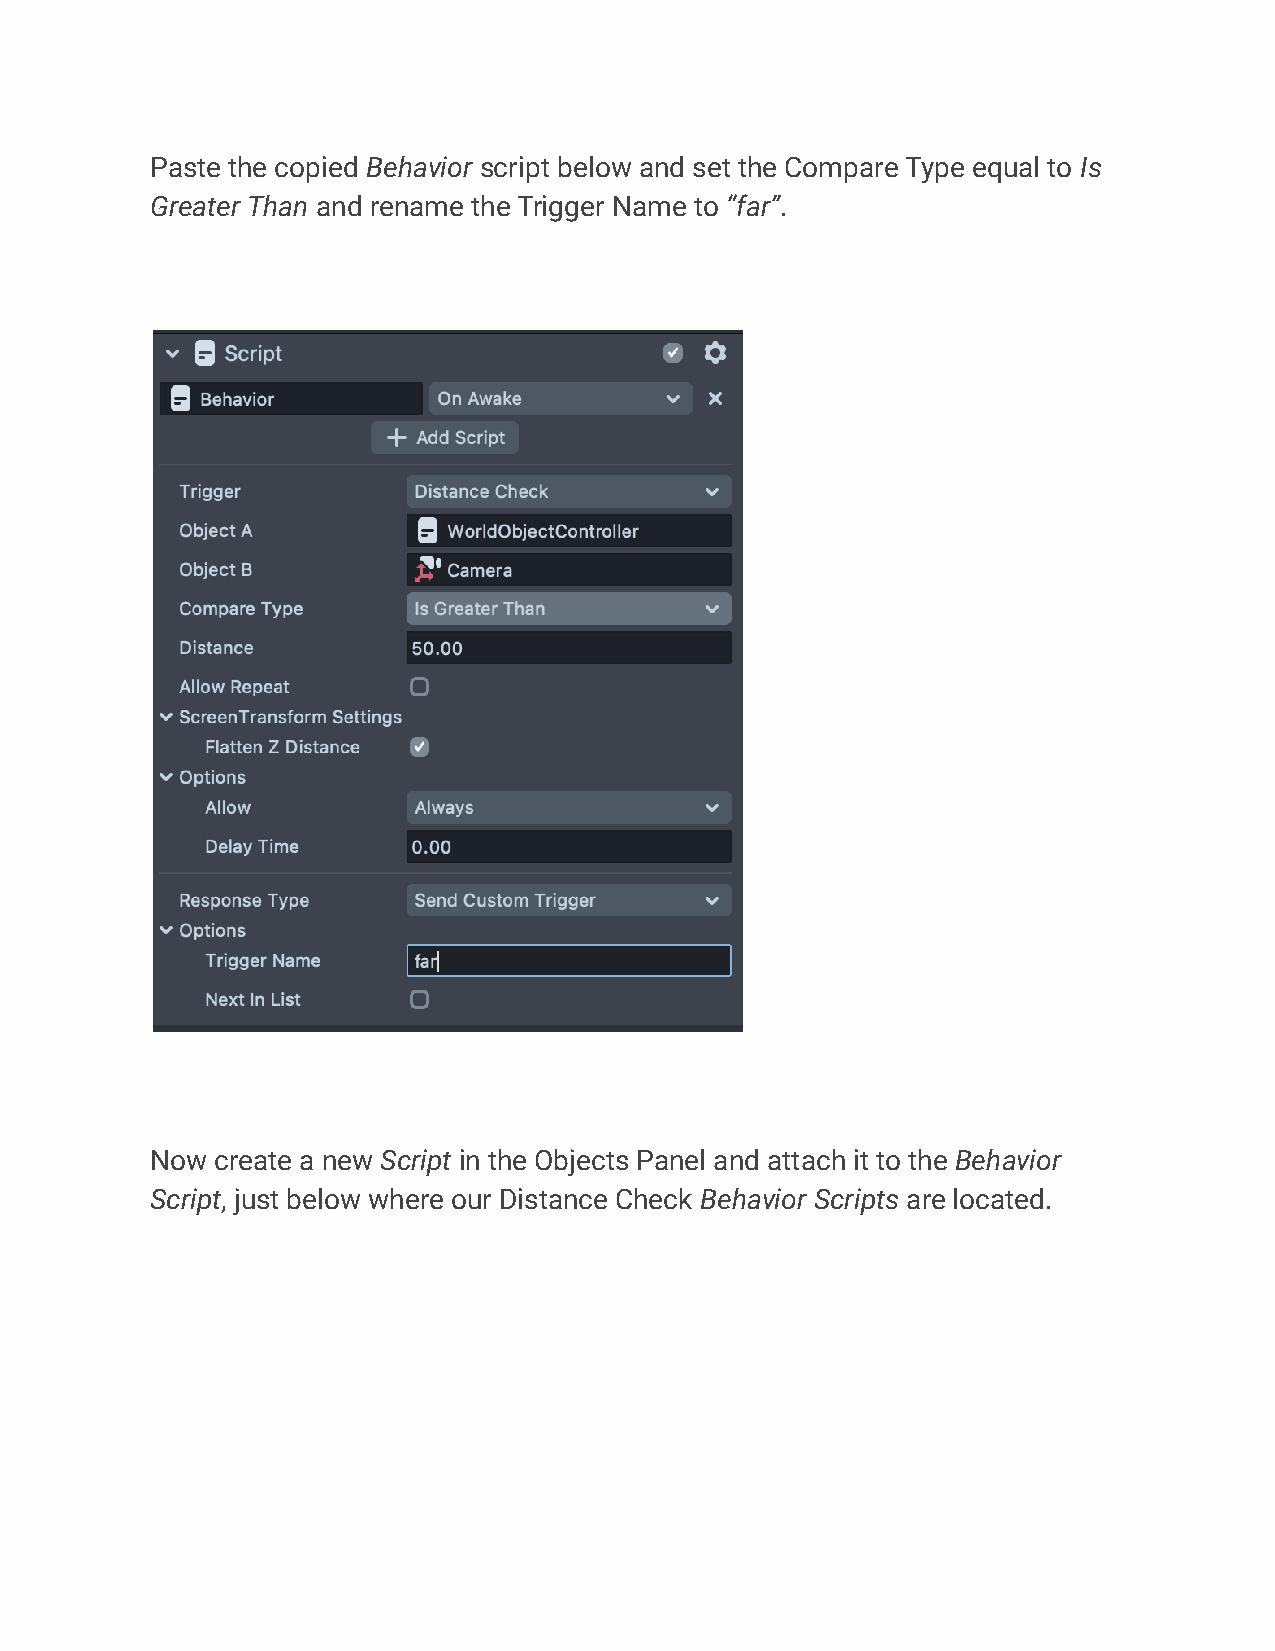
Paste the copied Behavior script below and set the Compare Type equal to Is
 Greater Than and rename the Trigger Name to “far”.
 Now create a new Script in the Objects Panel and attach it to the Behavior
 Script, just below where our Distance Check Behavior Scripts are located.